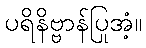
ပရိနိဗ္ဗာန်ပြုအံ့။